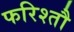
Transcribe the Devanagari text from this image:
फरिश्तौ